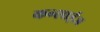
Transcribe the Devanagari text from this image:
कन्साईज